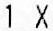
1 X